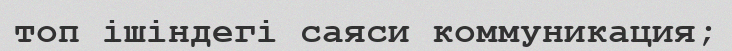
топ ішіндегі саяси коммуникация;